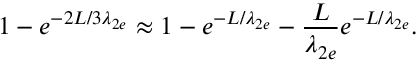
1 - e ^ { - 2 L / 3 \lambda _ { 2 e } } \approx 1 - e ^ { - L / \lambda _ { 2 e } } - \frac { L } { \lambda _ { 2 e } } e ^ { - L / \lambda _ { 2 e } } .